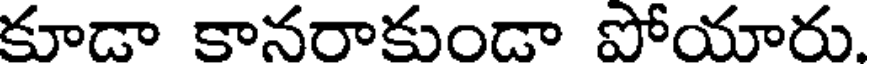
కూడా కానరాకుండా పోయారు.